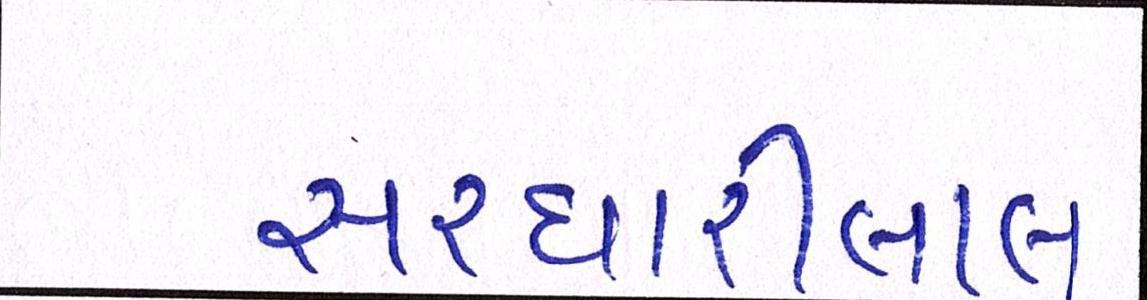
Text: સરધારીલાલ